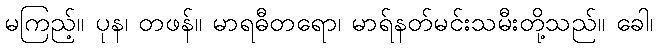
မကြည့်။ ပုန၊ တဖန်။ မာရဓီတရော၊ မာရ်နတ်မင်းသမီးတို့သည်။ ခေါ၊